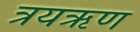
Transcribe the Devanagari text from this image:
त्रयऋण